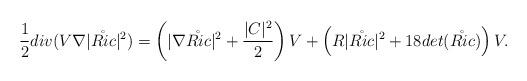
LaTeX: \begin{align*} \frac{1}{2}div(V\nabla|\mathring{Ric}|^2) = \left(|\nabla\mathring{Ric}|^2 + \frac{|C|^2}{2}\right)V + \left(R |\mathring{Ric}|^2 + 18 det(\mathring{Ric})\right)V.\end{align*}